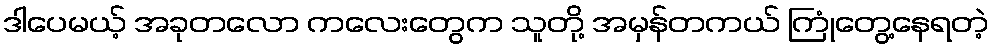
ဒါပေမယ့် အခုတလော ကလေးတွေက သူတို့ အမှန်တကယ် ကြုံတွေ့နေရတဲ့